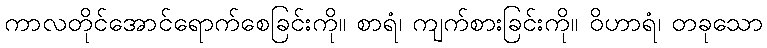
ကာလတိုင်အောင်ရောက်စေခြင်းကို။ စာရံ၊ ကျက်စားခြင်းကို။ ဝိဟာရံ၊ တခုသော